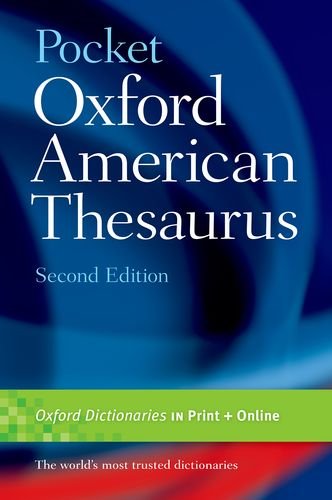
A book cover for Pocket Oxford American Thesaurus, 2e; OUP; Reference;